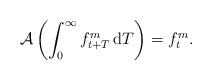
LaTeX: \begin{align*}\mathcal{A} \left( \int_0^{\infty} f^m_{t+T} \, \textrm{d}T\right) = f^m_t.\end{align*}